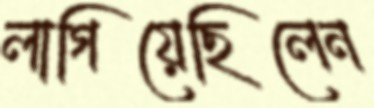
লাগিয়েছিলেন